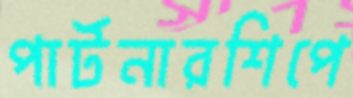
পার্টনারশিপে